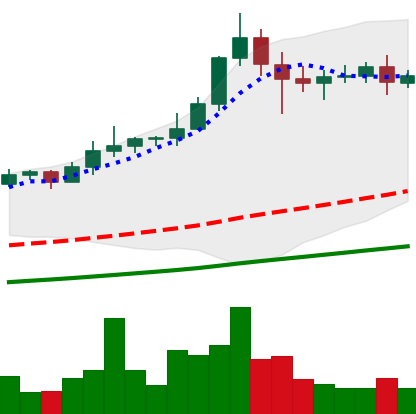
Ticker: XLM-USD
Chart end date: 2021-02-21
Forward return: -19.667%
Label: down_7plus